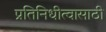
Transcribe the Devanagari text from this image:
प्रतिनिधीत्वासाठी